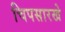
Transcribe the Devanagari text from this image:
चिपसारखे